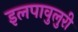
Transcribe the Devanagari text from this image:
इलपावुलुरी